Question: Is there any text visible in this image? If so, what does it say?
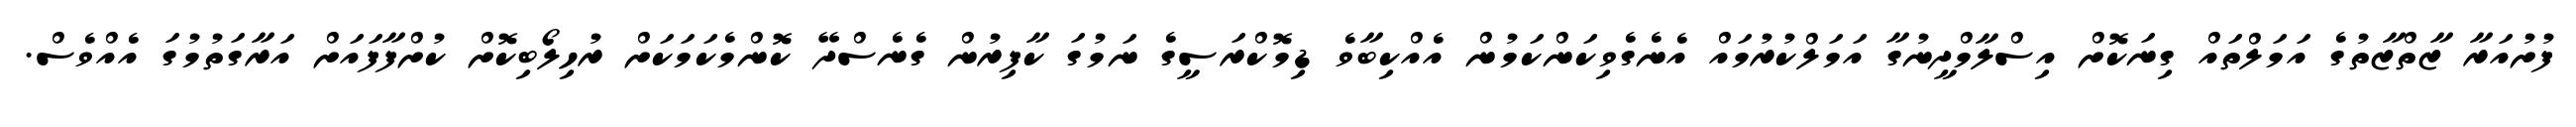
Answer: ފުށުއަރާ ޒާތްޒާތުގެ އަމަލްތައް ގިނަކޮށް އިސްލާމްދީނުގާ އަމަލްކުރުމައް އެނެގެވިކަންކަމުން އެއްކިބާވެ ޑިމޮކްރަސީގެ ނަމުގަ ކާފިރުން ގެނެސްދޭ ކޮންމެކަމަކަށް ރުހިލޯބިކޮށް ކުށްފާފައަށް އަރާގަތުމުގަ އެއްވެސް.